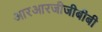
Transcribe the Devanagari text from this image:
आरआरजीजीबीबी